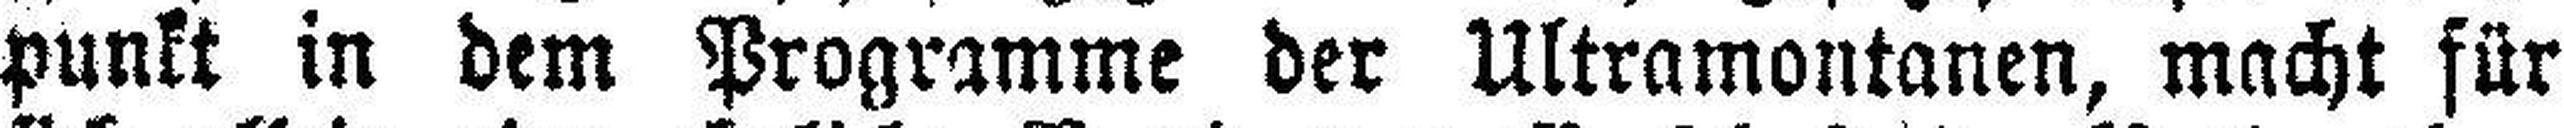
punkt in dem Programme der Ultramontanen, macht für